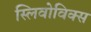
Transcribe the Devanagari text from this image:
स्लिवोविक्स